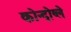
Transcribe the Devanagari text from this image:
कोन्दोय्ले